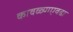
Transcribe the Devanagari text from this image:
कावळ्याएवढा